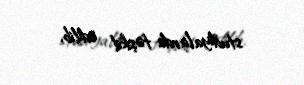
studiyalarda təşkil edilib.